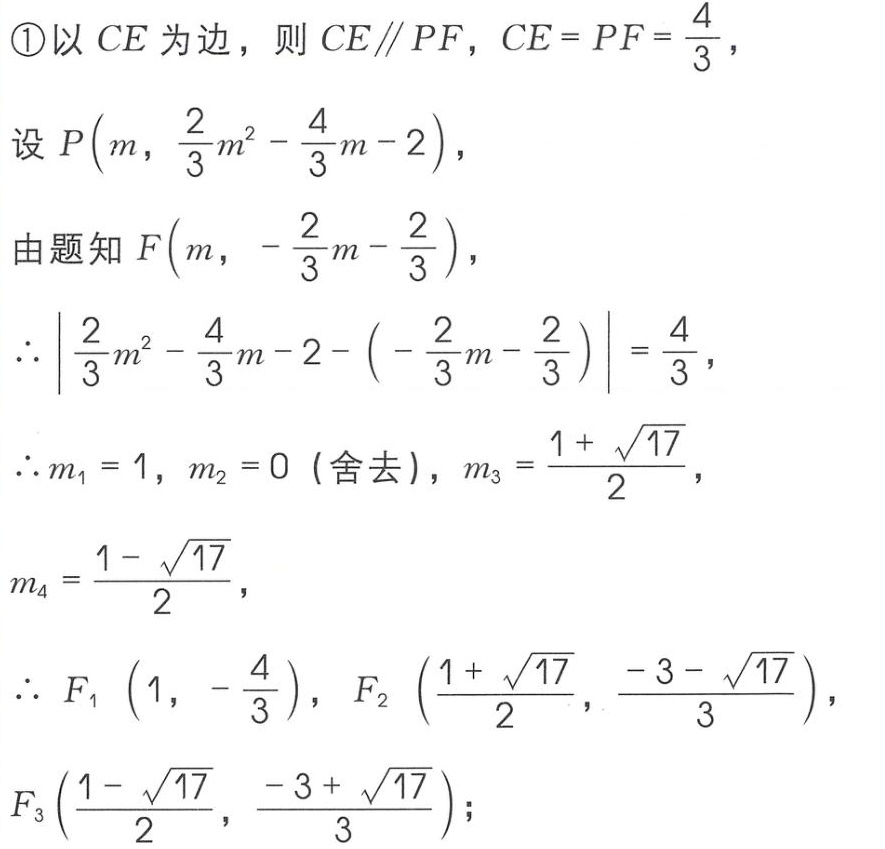
\textcircled{1}以 \(CE\) 为边，则 \(CE\parallel PF\)，\(CE = PF=\frac{4}{3}\)，
设 \(P\left(m,\frac{2}{3}m^{2}-\frac{4}{3}m - 2\right)\)，
由题知 \(F\left(m,-\frac{2}{3}m-\frac{2}{3}\right)\)，
\(\therefore\left|\frac{2}{3}m^{2}-\frac{4}{3}m - 2-\left(-\frac{2}{3}m-\frac{2}{3}\right)\right|=\frac{4}{3}\)，
\(\therefore m_{1}=1\)，\(m_{2}=0\)（舍去），\(m_{3}=\frac{1 + \sqrt{17}}{2}\)，
\(m_{4}=\frac{1 - \sqrt{17}}{2}\)，
\(\therefore F_{1}\left(1,-\frac{4}{3}\right)\)，\(F_{2}\left(\frac{1 + \sqrt{17}}{2},\frac{-3 - \sqrt{17}}{3}\right)\)，
\(F_{3}\left(\frac{1 - \sqrt{17}}{2},\frac{-3 + \sqrt{17}}{3}\right)\)；